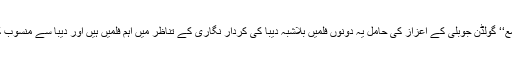
تاہم کے خورشید کی ’’نیند ہماری خواب تمہارے‘‘ اور نذر شباب کی ’’شمع‘‘ گولڈن جوبلی کے اعزاز کی حامل یہ دونوں فلمیں بلاشبہ دیبا کی کردار نگاری کے تناظر میں اہم فلمیں ہیں اور دیبا سے منسوب کی جاسکتی ہیں اور دیبا وحید مراد کی بہ حیثیت پیئر یہی دو اہم فلمیں ہیں۔